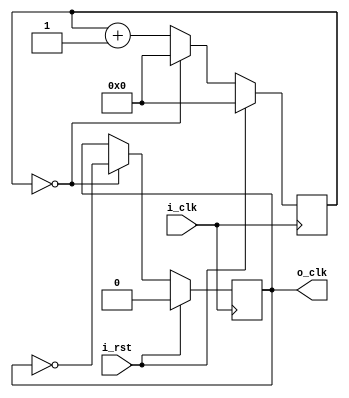
`timescale 1ns / 1ps
//////////////////////////////////////////////////////////////////////////////////
// Company: 
// Engineer: 
// 
// Design Name: 
// Module Name: odd_clk_div
// Project Name: 
// Target Devices: 
// Tool Versions: 
// Description: 
// 
// Dependencies: 
// 
// Revision:
// Revision 0.01 - File Created
// Additional Comments:
// 
//////////////////////////////////////////////////////////////////////////////////


module even_clk_div#(
    parameter CLK_DIV_CNT = 2   //  2 
)(
    input i_clk,
    input i_rst,

    output o_clk
);

reg     [15:0]  r_cnt;
reg             ro_clk;

assign   o_clk = ro_clk;

always @(posedge i_clk)
begin
    if(i_rst)
        r_cnt <= 'd0;
    else if(r_cnt == ((CLK_DIV_CNT>>1) - 1) || CLK_DIV_CNT==0)
        r_cnt <= 'd0;
    else    
        r_cnt <= r_cnt + 1;
end

always @(posedge i_clk)
begin
    if(i_rst)
        ro_clk <= 1'b0;
    else if(r_cnt == ((CLK_DIV_CNT>>1) - 1) || CLK_DIV_CNT==0)
        ro_clk <= ~ro_clk;
    else 
        ro_clk <= ro_clk;
end

endmodule